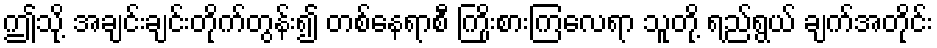
ဤသို့ အချင်းချင်းတိုက်တွန်း၍ တစ်နေရာစီ ကြိုးစားကြလေရာ သူတို့ ရည်ရွယ် ချက်အတိုင်း